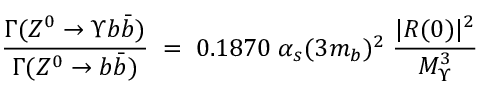
{ { \frac { \Gamma ( Z ^ { 0 } \rightarrow \Upsilon b { \bar { b } } ) } { \Gamma ( Z ^ { 0 } \rightarrow b { \bar { b } } ) } } \; = \; 0 . 1 8 7 0 \; \alpha _ { s } ( 3 m _ { b } ) ^ { 2 } \; { \frac { | R ( 0 ) | ^ { 2 } } { M _ { \Upsilon } ^ { 3 } } } \; }